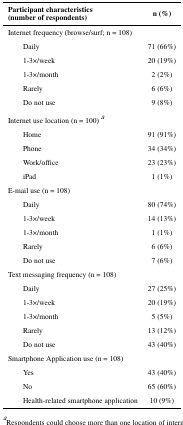
| Participant characteristics(number of respondents) | n (%) |
 | --- | --- |
 | Internet frequency (browse/surf; n = 108) |  |
 | Daily | 71 (66%) |
 | 1-3×/week | 20 (19%) |
 | 1-3×/month | 2 (2%) |
 | Rarely | 6 (6%) |
 | Do not use | 9 (8%) |
 | Internet use location (n = 100) a |  |
 | Home | 91 (91%) |
 | Phone | 34 (34%) |
 | Work/office | 23 (23%) |
 | iPad | 1 (1%) |
 | E-mail use (n = 108) |  |
 | Daily | 80 (74%) |
 | 1-3×/week | 14 (13%) |
 | 1-3×/month | 1 (1%) |
 | Rarely | 6 (6%) |
 | Do not use | 7 (6%) |
 | Text messaging frequency (n = 108) |  |
 | Daily | 27 (25%) |
 | 1-3×/week | 20 (19%) |
 | 1-3×/month | 5 (5%) |
 | Rarely | 13 (12%) |
 | Do not use | 43 (40%) |
 | Smartphone Application use (n = 108) |  |
 | Yes | 43 (40%) |
 | No | 65 (60%) |
 | Health-related smartphone application | 10 (9%) |